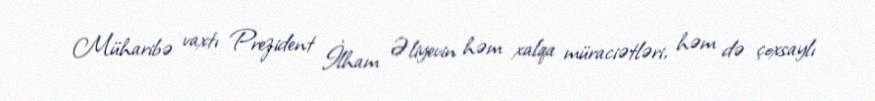
Müharibə vaxtı Prezident İlham Əliyevin həm xalqa müraciətləri, həm də çoxsaylı